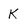
Character: K